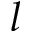
l